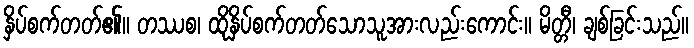
နှိပ်စက်တတ်၏။ တဿစ၊ ထိုနှိပ်စက်တတ်သောသူအားလည်းကောင်း။ မိတ္တီ၊ ချစ်ခြင်းသည်။